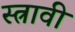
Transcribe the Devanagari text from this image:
स्त्रावी